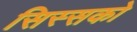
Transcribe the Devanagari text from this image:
सिस्सको